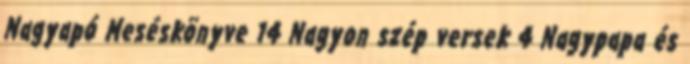
Nagyapó Meséskönyve 14 Nagyon szép versek 4 Nagypapa és